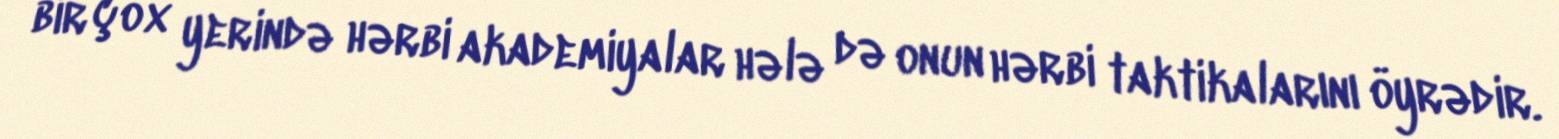
bir çox yerində hərbi akademiyalar hələ də onun hərbi taktikalarını öyrədir.